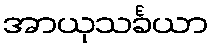
အာယုသင်္ခယာ